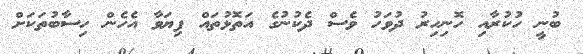
ބުނީ ހުކުރާއި ހޮނިހިރު ދުވަހު ވެސް ދެކުނުގެ އަތޮޅުތައް ފިޔަވާ އެހެން ހިސާބުތަކަށް